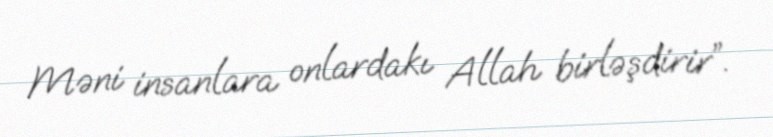
Məni insanlara onlardakı Allah birləşdirir”.